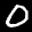
Label: 0